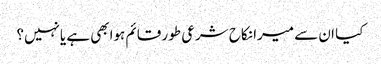
کیا ان سے میرا نکاح شرعی طور قائم ہوابھی ہے یانہیں؟